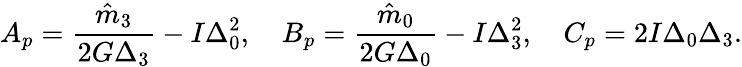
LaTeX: A_{p}=\frac{\hat{m}_{3}}{2G\Delta_{3}}-I\Delta_{0}^{2},\quad B_{p}=\frac{\hat{m}_{0}}{2G\Delta_{0}}-I\Delta_{3}^{2},\quad C_{p}=2I\Delta_{0}\Delta_{3}.